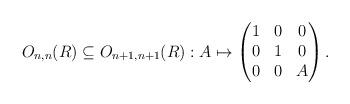
LaTeX: \begin{align*}O_{n,n}(R) \subseteq O_{n+1, n+1}(R) : A \mapsto \begin{pmatrix}1 & 0 & 0 \\0 & 1 & 0 \\0 & 0 & A\end{pmatrix}.\end{align*}